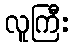
လူကြီး